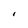
Character: I